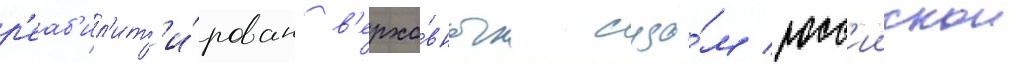
р'еаб'ил'ит'и́рован в'ерхо́вным судо́м росс'иискои